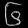
Digit: ၆